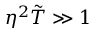
\eta ^ { 2 } \tilde { T } \gg 1